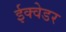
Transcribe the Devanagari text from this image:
ईक्वेडर